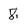
Character: 8